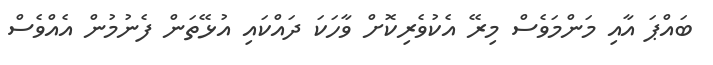
ބައްޕަ އާއި މަންމަވެސް މިރޭ އެކުވެރިކޮށް ވާހަކަ ދައްކައި އުޅޭތަން ފެނުމުން އެއްވެސް